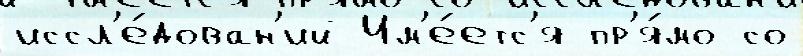
иссл'е́дован'ий Им'е́етс'я пр'я́мо со